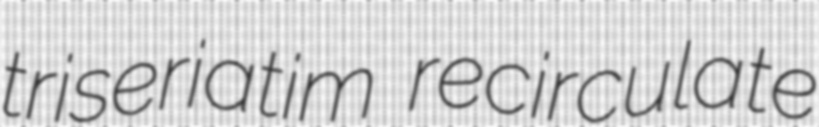
triseriatim recirculate